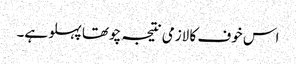
اس خوف کا لازمی نتیجہ چوتھا پہلو ہے۔